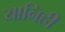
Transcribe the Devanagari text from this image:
यानिही